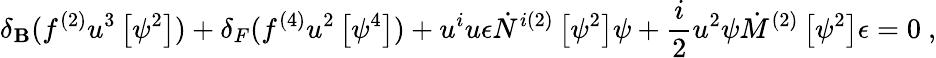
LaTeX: \delta_{\mathbf{B}}(f^{(2)}u^{3}\left[\psi^{2}\right])+\delta_{F}(f^{(4)}u^{2}\left[\psi^{4}\right])+u^{i}u\epsilon\dot{{N}}^{i(2)}\left[\psi^{2}\right]\psi+\frac{{i}}{{2}}u^{2}\psi\dot{{M}}^{(2)}\left[\psi^{2}\right]\epsilon=0~,